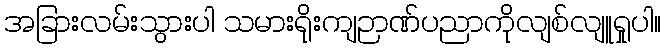
အခြားလမ်းသွားပါ သမားရိုးကျဉာဏ်ပညာကိုလျစ်လျူရှုပါ။